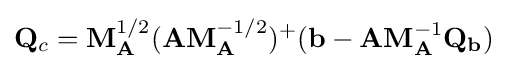
\mathbf {Q} _{c}=\mathbf {M} _{\mathbf {A} }^{1/2}(\mathbf {A} \mathbf {M} _{\mathbf {A} }^{-1/2})^{+}(\mathbf {b} -\mathbf {A} \mathbf {M} _{\mathbf {A} }^{-1}\mathbf {Q} _{\mathbf {b} })